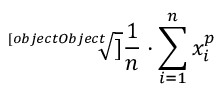
\sqrt [ [object Object] ] { { \frac { 1 } { n } } \cdot \sum _ { i = 1 } ^ { n } x _ { i } ^ { p } }